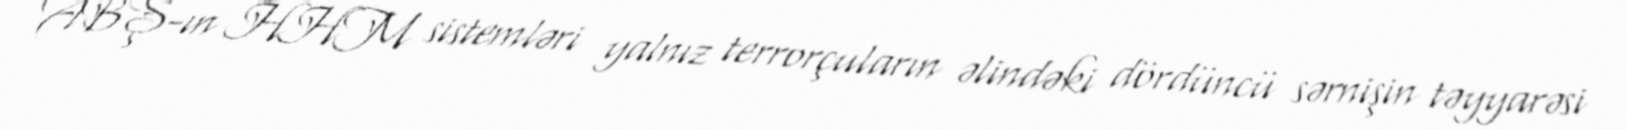
ABŞ-ın HHM sistemləri yalnız terrorçuların əlindəki dördüncü sərnişin təyyarəsi